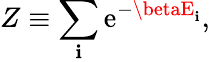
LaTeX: Z\equiv\sum_{\mathbf{i}}\mathrm{{e}}^{-\betaE_{\mathbf{i}}},